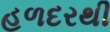
હળદરથી